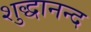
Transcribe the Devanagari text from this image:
शुद्धानन्द